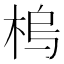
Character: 𱣠